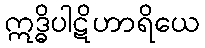
ဣဒ္ဓိပါဋိဟာရိယေ